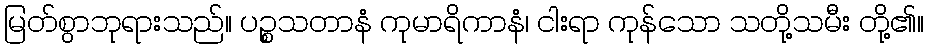
မြတ်စွာဘုရားသည်။ ပဉ္စသတာနံ ကုမာရိကာနံ၊ ငါးရာ ကုန်သော သတို့သမီး တို့၏။